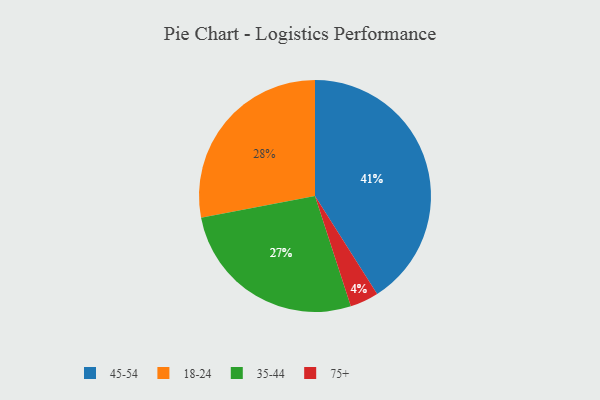
{"axis": {"x": "Category", "y": "Percentage"}, "legend": ["18-24", "35-44", "45-54", "75+"], "data": [{"x": "35-44", "y": 27, "type": "35-44"}, {"x": "18-24", "y": 28, "type": "18-24"}, {"x": "75+", "y": 4, "type": "75+"}, {"x": "45-54", "y": 41, "type": "45-54"}]}